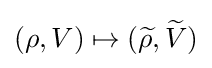
(\rho ,V)\mapsto ({\widetilde {\rho }},{\widetilde {V}})